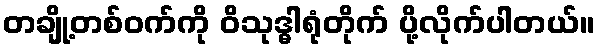
တချို့တစ်ဝက်ကို ဝိသုဒ္ဓါရုံတိုက် ပို့လိုက်ပါတယ်။